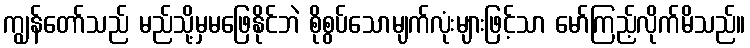
ကျွန်တော်သည် မည်သို့မှမဖြေနိုင်ဘဲ စိုစွပ်သောမျက်လုံးများဖြင့်သာ မော်ကြည့်လိုက်မိသည်။